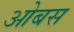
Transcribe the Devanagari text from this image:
ओबस